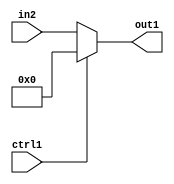
`timescale 1ps / 1ps
/*****************************************************************************
    Verilog RTL Description
    
    
    Created by: Stratus DpOpt 2019.1.01 
*******************************************************************************/

module bias_addr_gen_Muxi0u16u1_0 (
	in2,
	ctrl1,
	out1
	); /* architecture "behavioural" */ 
input [15:0] in2;
input  ctrl1;
output [15:0] out1;
wire [15:0] asc001;

reg [15:0] asc001_tmp_0;
assign asc001 = asc001_tmp_0;
always @ (ctrl1 or in2) begin
	case (ctrl1)
		1'B1 : asc001_tmp_0 = 16'B0000000000000000 ;
		default : asc001_tmp_0 = in2 ;
	endcase
end

assign out1 = asc001;
endmodule

/* CADENCE  uLbxTQk= : u9/ySgnWtBlWxVPRXgAZ4Og= ** DO NOT EDIT THIS LINE ******/